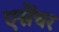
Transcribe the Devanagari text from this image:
एसेंचर